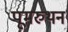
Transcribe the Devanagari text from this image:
पूमरुथन